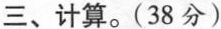
三、计算。(38分)